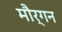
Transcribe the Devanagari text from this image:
मौर्गन